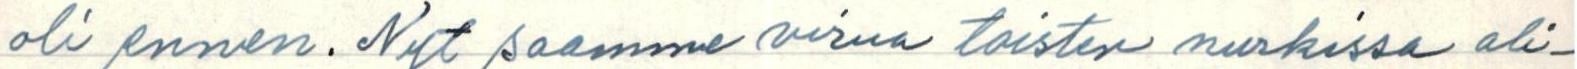
oli ennen. Nyt saamme virua toisten nurkissa ali-